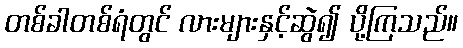
တစ်ခါတစ်ရံတွင် လားများနှင့်ဆွဲ၍ ပို့ကြသည်။